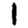
Digit: 1